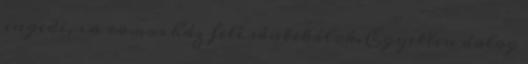
engedi, s a romos ház felé sántikálok. Egyetlen dolog